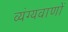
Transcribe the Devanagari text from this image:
व्यंग्यवाणों